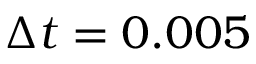
\Delta t = 0 . 0 0 5